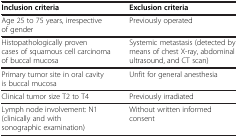
<table><thead><tr><td><b>Inclusion criteria</b></td><td><b>Exclusion criteria</b></td></tr></thead><tbody><tr><td>Age 25 to 75 years, irrespective of gender</td><td>Previously operated</td></tr><tr><td>Histopathologically proven cases of squamous cell carcinoma of buccal mucosa</td><td>Systemic metastasis (detected by means of chest X-ray, abdominal ultrasound, and CT scan)</td></tr><tr><td>Primary tumor site in oral cavity is buccal mucosa</td><td>Unfit for general anesthesia</td></tr><tr><td>Clinical tumor size T2 to T4</td><td>Previously irradiated</td></tr><tr><td>Lymph node involvement: N1 (clinically and with sonographic examination)</td><td>Without written informed consent</td></tr></tbody></table>